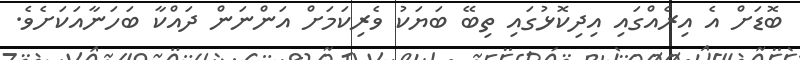
ބޮޑަށް އެ އިރެއްގައި އިދިކޮޅުގައި ތިބޭ ބަޔަކު ވެރިކަމަށް އަންނަން ދައްކާ ބަހަނާއަކަށެވެ.